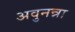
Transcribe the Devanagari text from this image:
अवुनन्ना